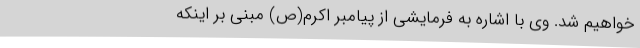
خواهیم شد. وی با اشاره به فرمایشی از پیامبر اکرم(ص) مبنی بر اینکه